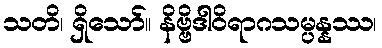
သတိ၊ ရှိသော်။ နိဗ္ဗိဒါဝိရာဂသမ္ပန္နဿ၊